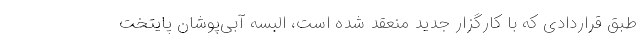
طبق قراردادی که با کارگزار جدید منعقد شده است، البسه آبی‌پوشان پایتخت